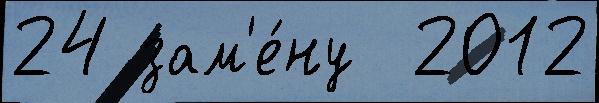
24 зам'е́ну  2012